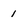
Character: 1